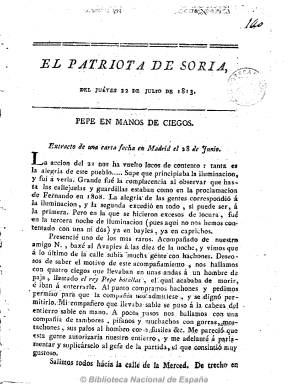
Título: El Patriota de Soria
Colección: Periódicos anteriores a 1850
Ámbito geográfico: Soria
Lugar de publicación: Soria
Fechas: 22/07/1813-01/11/1813

Tras la evacuación de la ciudad por las tropas francesas en junio de 1813, que la tenían tomada desde el 22 de noviembre de 1808, comenzará a publicarse este periódico, con una frecuencia trisemanal (lunes, jueves y domingo) en números de cuatro páginas, no pudiendo haber ido establecida su fecha exacta de aparición, ya que no va numerado ni paginado, y a veces sin pie de imprenta. Será estampado en la que se denominará ahora “Imprenta Nacional de esta provincia”, muy probablemente la misma que en 1780 se estableciera a instancias de la Sociedad Económica Numantina de Amigos del País, y que la Junta Suprema de la provincia la había hecho propia como itinerante o volante cuando tuvo que abandonar la ciudad a la llegada del ejército imperial, y estampar con ella su Gaceta de la provincia de Soria.

Será un periódico “muchos más combativo” y “sarcástico”, a juicio de Checa Godoy, que el citado órgano oficial de la junta. Publicará artículos de opinión en forma de cartas, discursos o manifiestos, e insertará noticias locales, de España y del extranjero referidas a las circunstancias bélicas y políticas, recogidas y extractadas de otros periódicos y papeles, así como otras noticias de oficio, partes de guerra y crónicas de las Cortes. Tendrá un carácter constitucionalista y fernandino, que se observa en los versos favorables dedicados al monarca.

Para José María Latorre Macarrón este segundo periódico soriano podría ser considerado como continuación de la oficial Gaceta de la provincia de Soria.